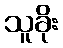
သူခိုး